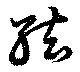
絃